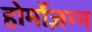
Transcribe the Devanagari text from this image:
होर्मोज़ग्न